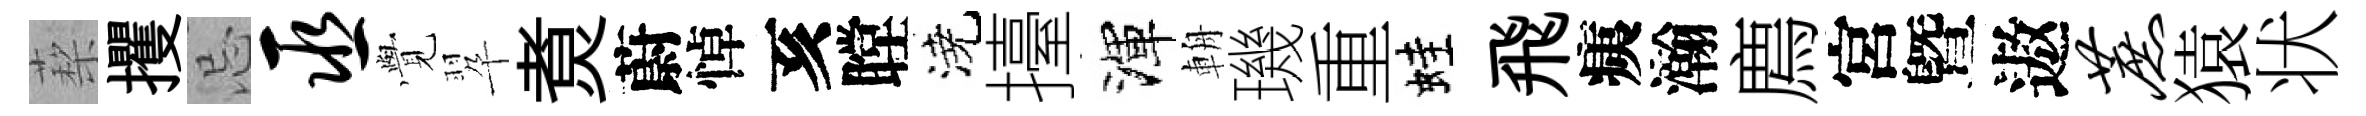
蔾攫忌巫𮗜翆煑蔚悼亥瞠澆擡渾輈璣重蛙飛痍瀚廌宮曁遨蔗猿状